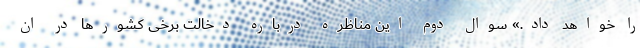
را خواهد داد.» سوال دوم این مناظره درباره دخالت برخی کشورها در ان